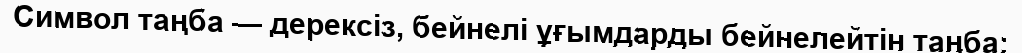
Символ таңба — дерексіз, бейнелі ұғымдарды бейнелейтін таңба;